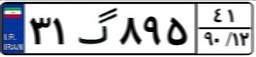
۳۱گ۸۹۵۴۱